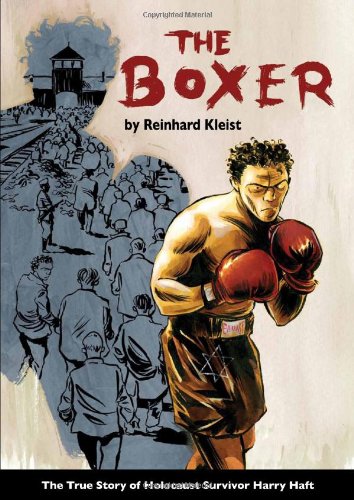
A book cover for The Boxer: The True Story of Holocaust Survivor Harry Haft; Reinhard Kleist; Biographies & Memoirs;